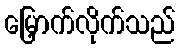
မြှောက်လိုက်သည်